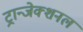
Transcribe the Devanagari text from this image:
ट्रान्जेक्शनल